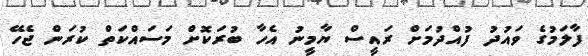
ފާލަމުގެ ވައުދު ފުއްދުމަށް ރައީސް ޔާމީނު އެހާ ބުރަކޮށް މަސައްކަތް ކުރަން ޖެހޭ